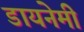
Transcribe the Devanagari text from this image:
डायनेमी